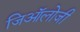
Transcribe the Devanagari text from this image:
जिऑलोजी